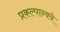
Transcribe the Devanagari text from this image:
प्रकल्पान्वये